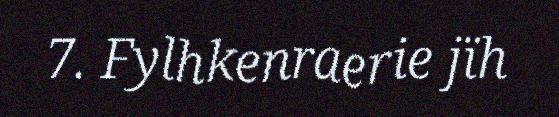
7. Fylhkenraerie jïh